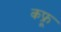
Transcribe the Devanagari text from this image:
कफ्रू